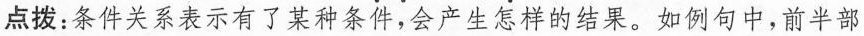
点拨：条件关系表示有了某种条件，会产生怎样的结果。如例句中，前半部